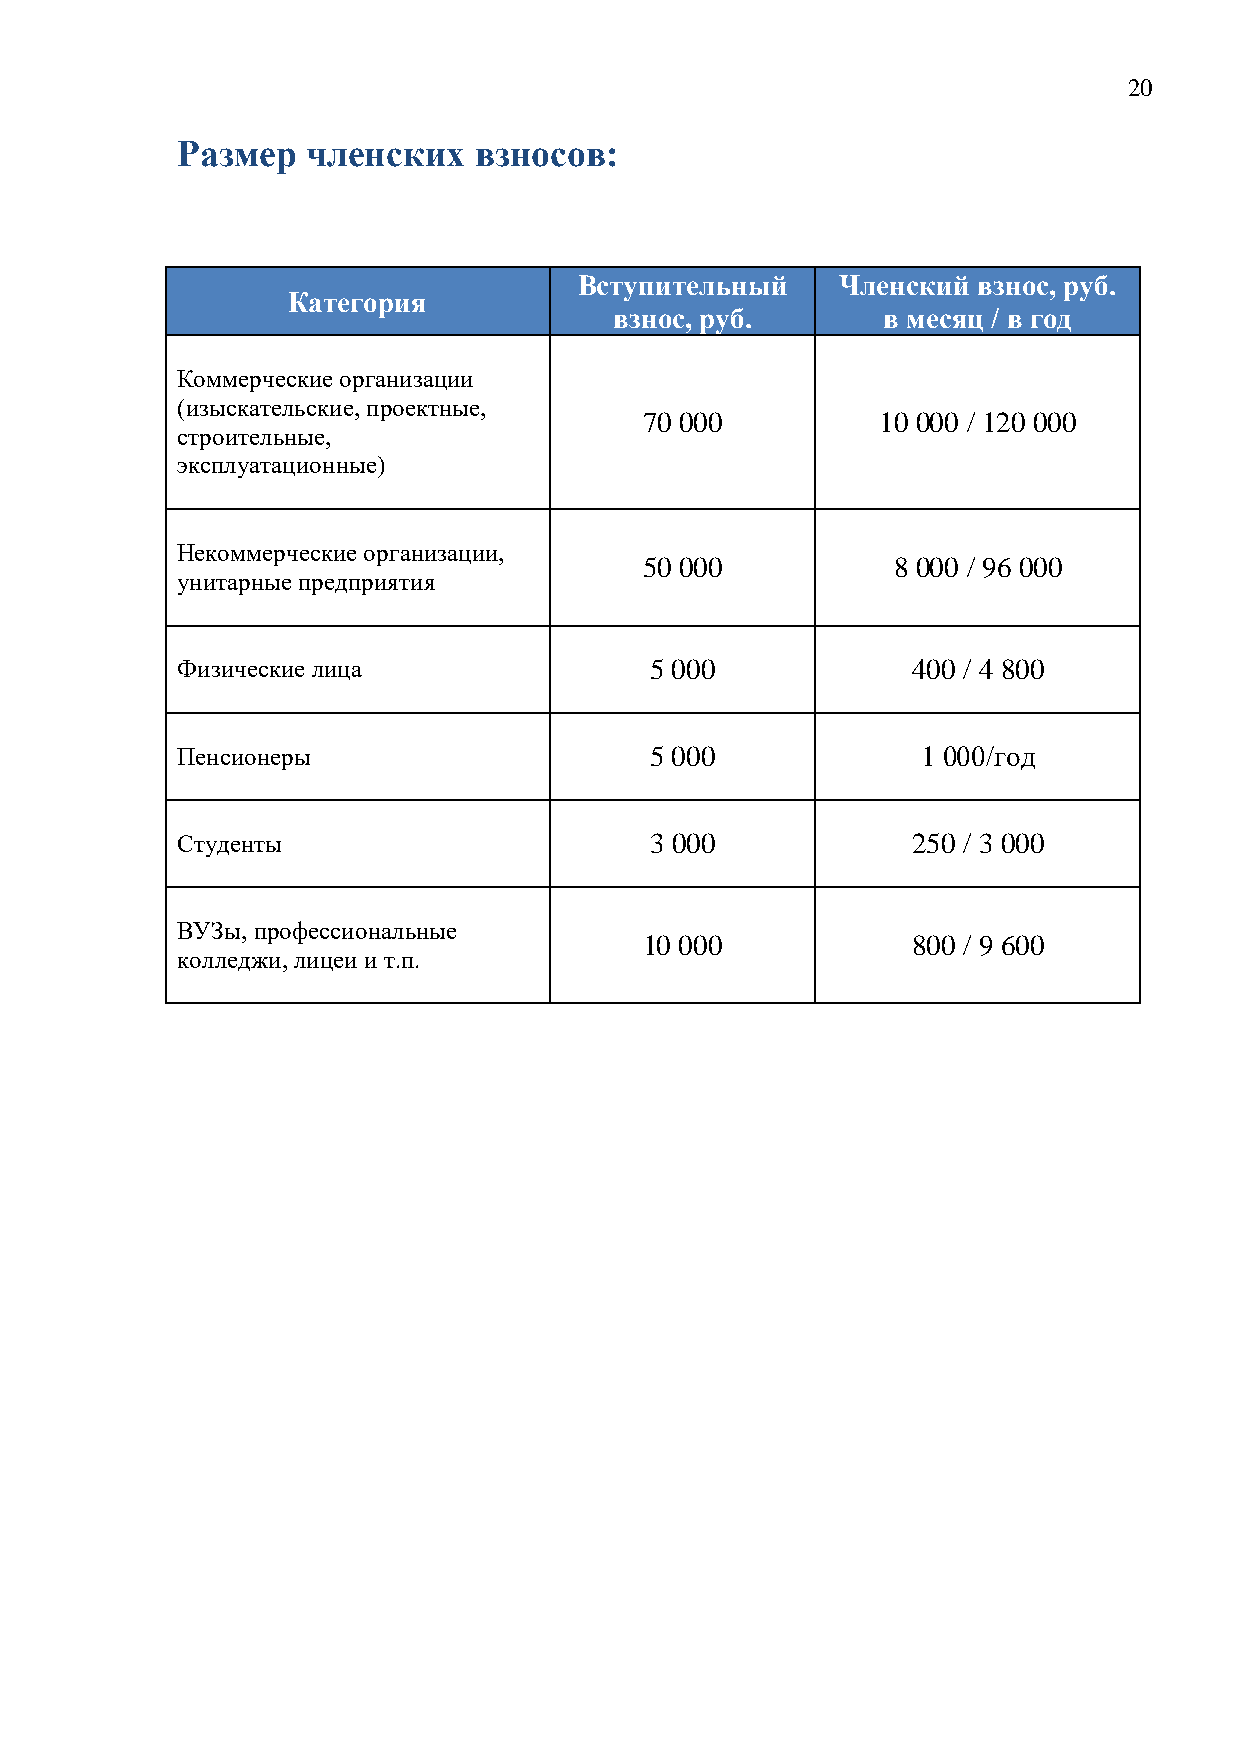
20
 Размер  членских   взносов:
 Вступительный     Членский взнос, руб.
 Категория
 взнос, руб.      в месяц / в год
 Коммерческие организации
 (изыскательские, проектные,
 70 000         10 000 / 120 000
 строительные,
 эксплуатационные)
 Некоммерческие организации,
 50 000          8 000 / 96 000
 унитарные предприятия
 Физические лица                5 000            400 / 4 800
 Пенсионеры                     5 000             1 000/год
 Студенты                       3 000            250 / 3 000
 ВУЗы, профессиональные
 10 000           800 / 9 600
 колледжи, лицеи и т.п.